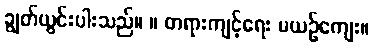
ချွတ်ယွင်းပါးသည်။ ။ တရားကျင့်ရေး မယဉ်ကျေး။